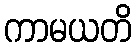
ကာမယတိ